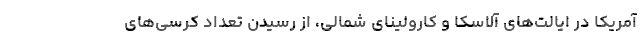
آمریکا در ایالت‌های آلاسکا و کارولینای شمالی، از رسیدن تعداد کرسی‌های